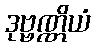
ဒုဗ္ဗဏ္ဏိယံ